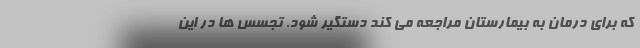
که برای درمان به بیمارستان مراجعه می کند دستگیر شود. تجسس ها در این